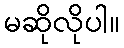
မဆိုလိုပါ။